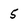
Character: 5